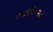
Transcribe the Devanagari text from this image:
मध्यशिरस्क